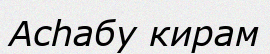
Асһабу кирам